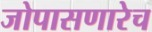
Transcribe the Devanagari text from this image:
जोपासणारेच